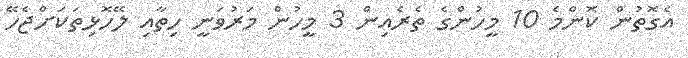
އެގޮތުން ކޮންމެ 10 މީހުންގެ ތެރެއިން 3 މީހުން މަރުވަނީ ހިތާއި ލޭހޮޅިތަކަށްޖެހޭ